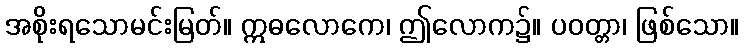
အစိုးရသောမင်းမြတ်။ ဣဓလောကေ၊ ဤလောက၌။ ပဝတ္တာ၊ ဖြစ်သော။